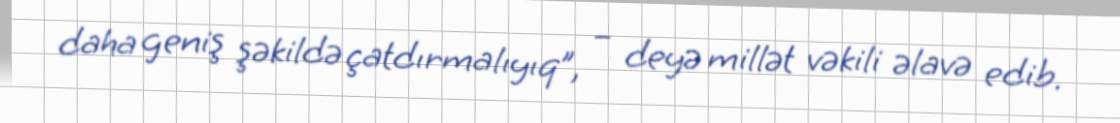
daha geniş şəkildə çatdırmalıyıq”, – deyə millət vəkili əlavə edib.